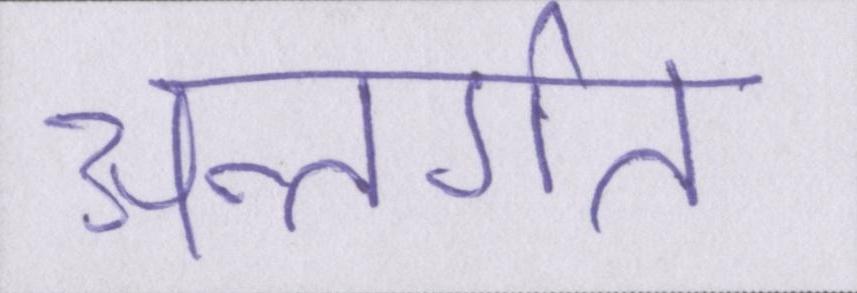
अन्तर्गत